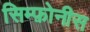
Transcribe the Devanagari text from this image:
सिम्फ़ोनीस